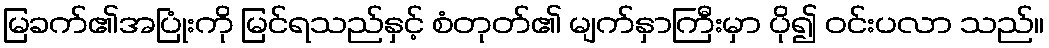
မြခက်၏အပြုံးကို မြင်ရသည်နှင့် စံတုတ်၏ မျက်နှာကြီးမှာ ပို၍ ဝင်းပလာ သည်။